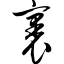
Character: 裹